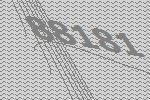
88181